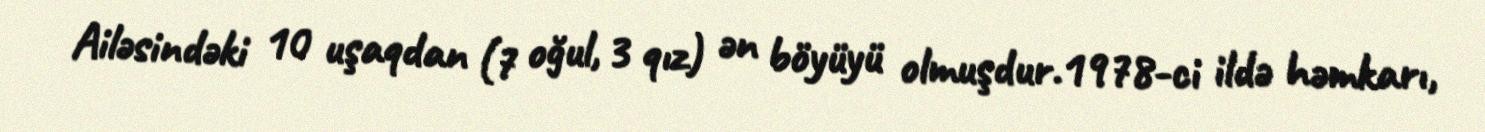
Ailəsindəki 10 uşaqdan (7 oğul, 3 qız) ən böyüyü olmuşdur.1978-ci ildə həmkarı,